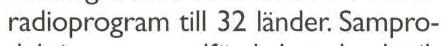
radioprogram till 32 länder. Sampro-